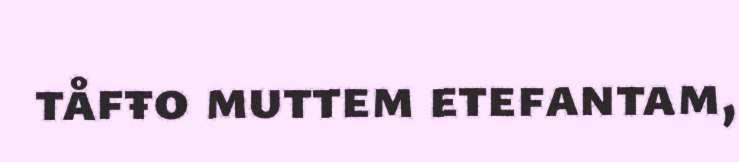
tåfŧo muttem etefantam,